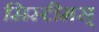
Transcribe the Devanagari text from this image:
सिस्टीमस्